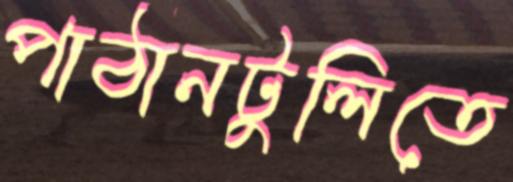
পাঠানটুলিতে